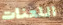
اللعنات